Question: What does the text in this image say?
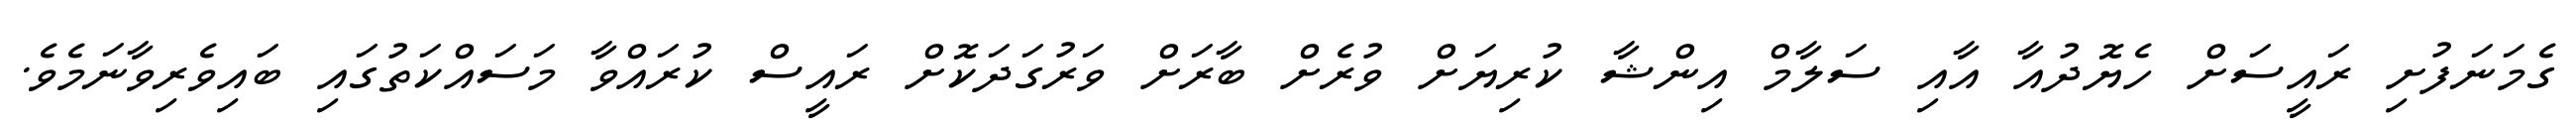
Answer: ގެމަނަފުށި ރައީސަށް ހެޔޮދުއާ އާއި ސަލާމް އިންޝާ ކުރިޔަށް ވުރެށް ބާރަށް ވަރުގަދަކޮށް ރައީސް ކުރައްވާ މަސައްކަތުގައި ބައިވެރިވާނަމެވެ.